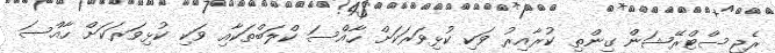
ރެޖިސްޓްރޭޝަން ގިންތި ކުރާއިރު ވަކި ކުޅިވަރަކަށް ހާއްސަ ކްލަބްތަކާއި ވަކި ކުޅިވަރަކަށް ހާއްސަ